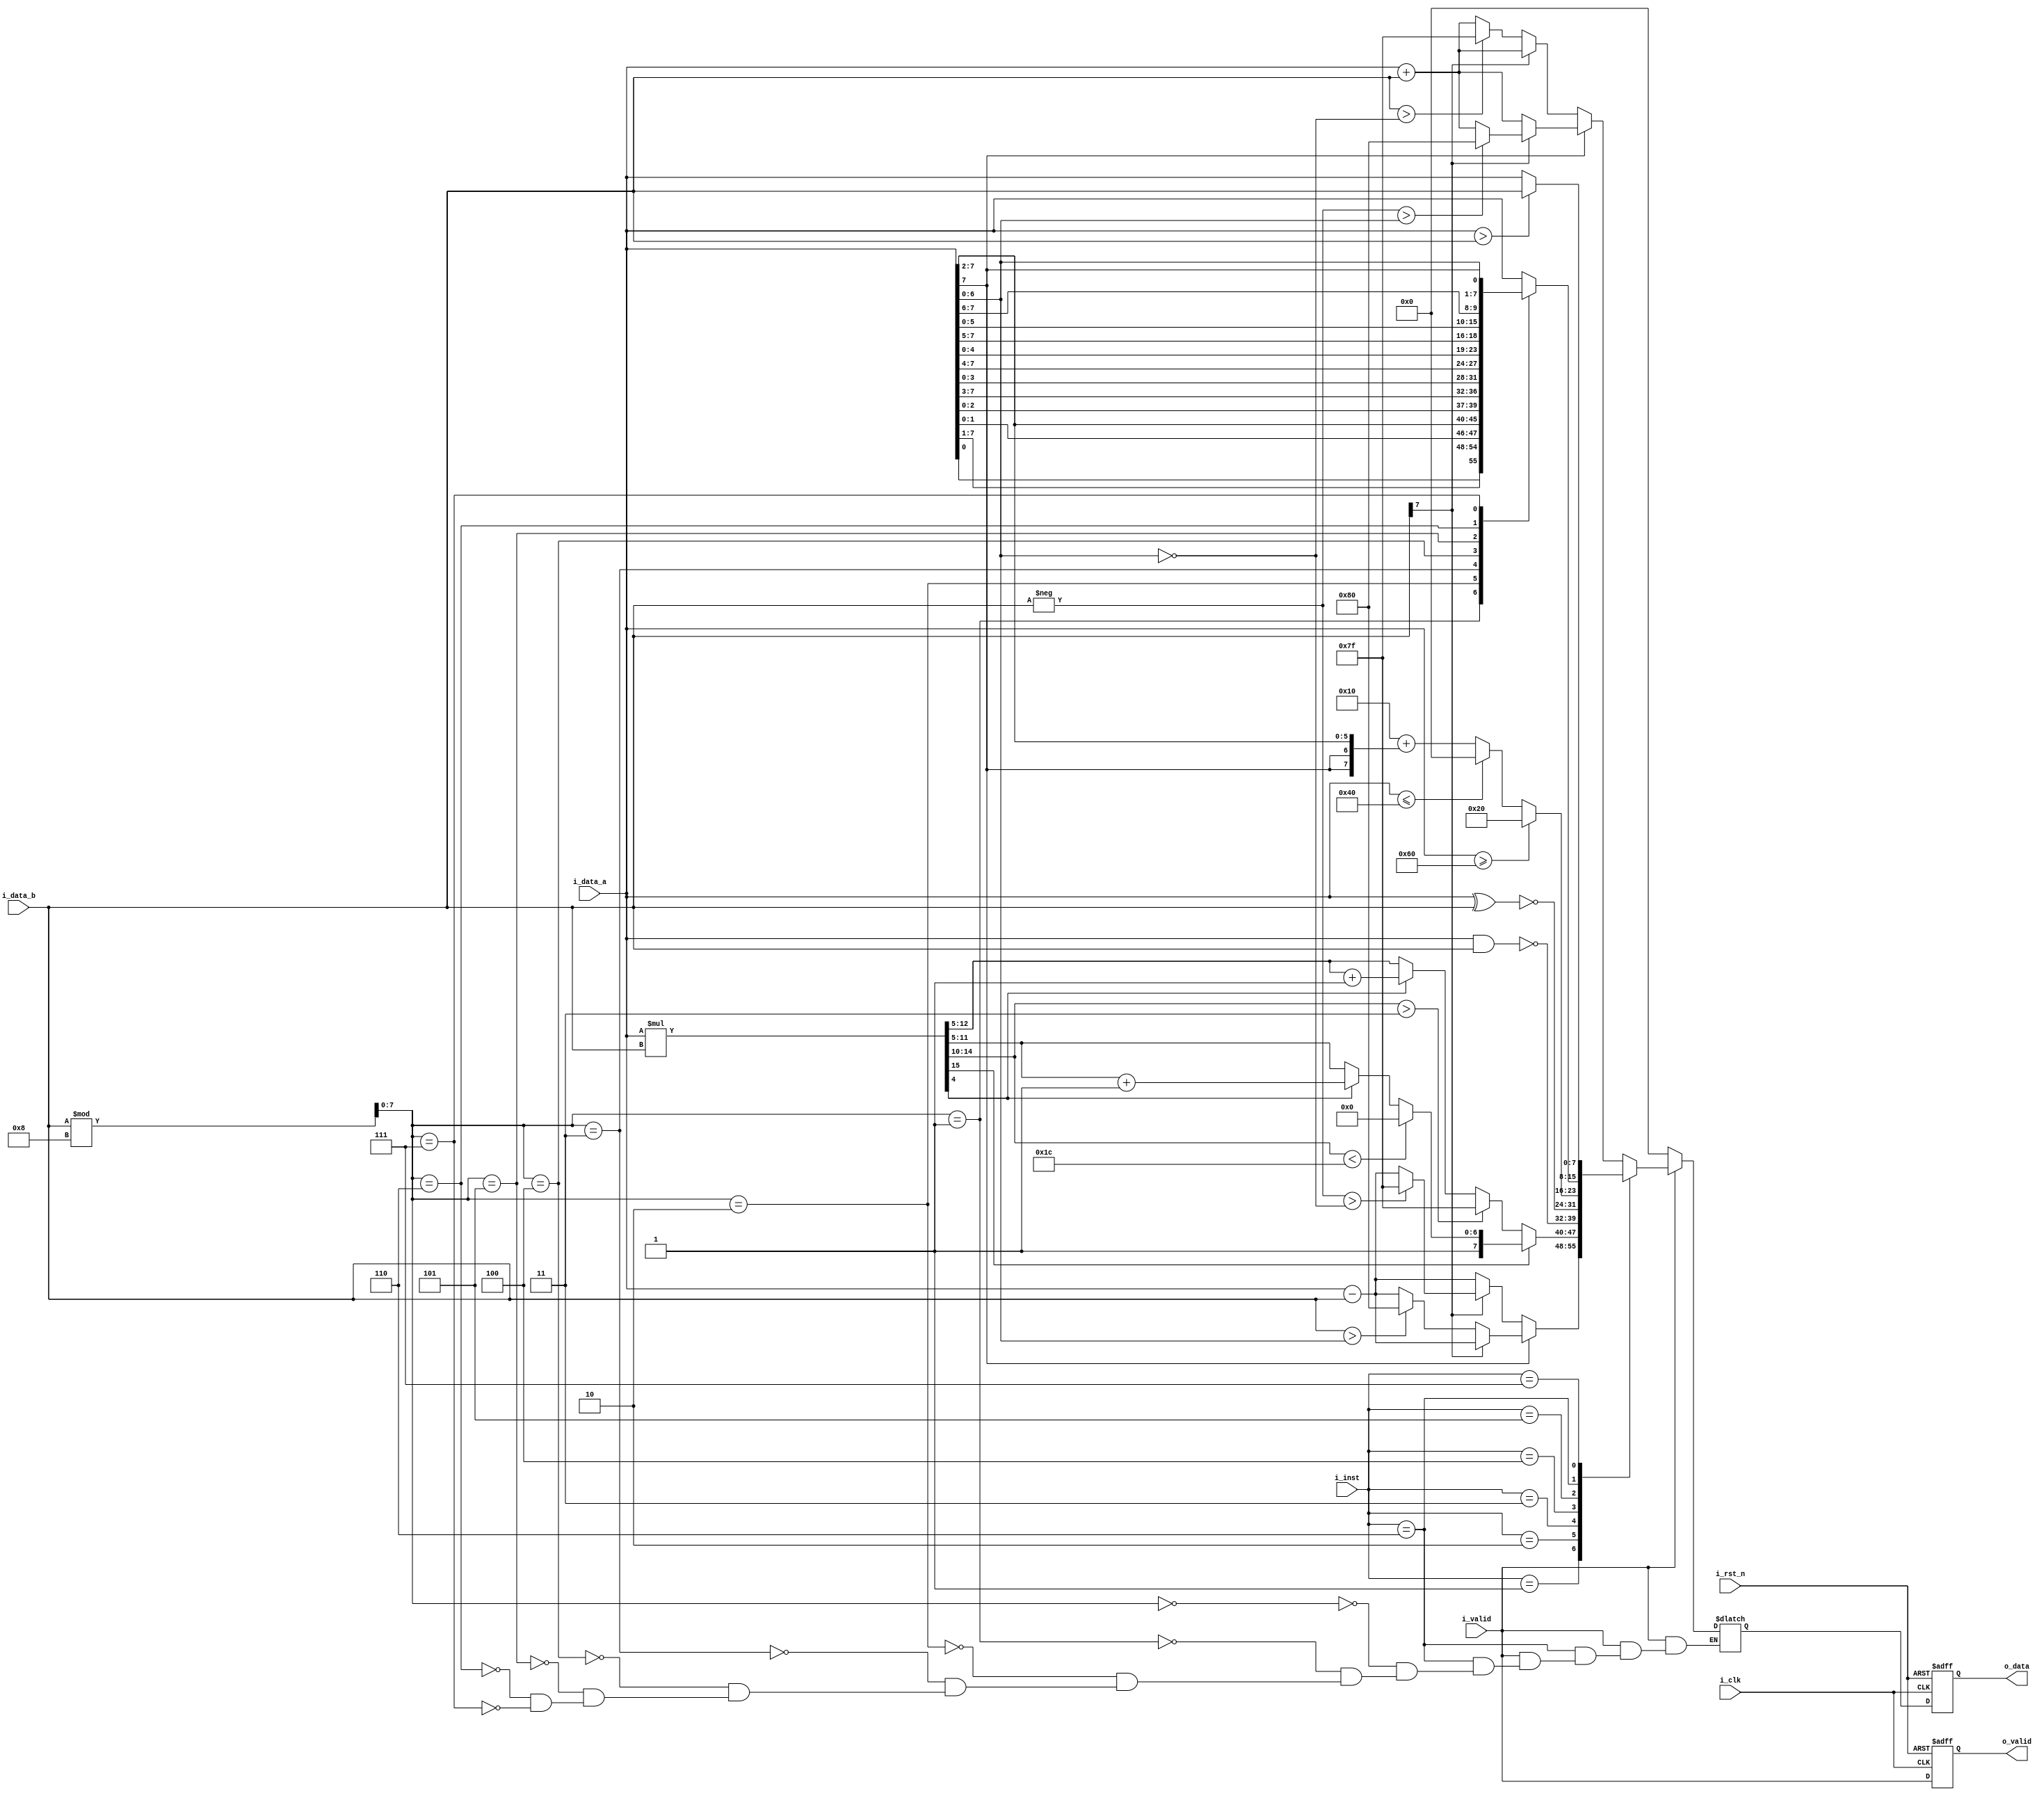
module alu #(
    parameter INT_W  = 3,
    parameter FRAC_W = 5,
    parameter INST_W = 3,
    parameter DATA_W = INT_W + FRAC_W
)(
    input                     i_clk,
    input                     i_rst_n,
    input                     i_valid,
    input signed [DATA_W-1:0] i_data_a,
    input signed [DATA_W-1:0] i_data_b,
    input        [INST_W-1:0] i_inst,
    output                    o_valid,
    output signed      [DATA_W-1:0] o_data
);
// ---------------------------------------------------------------------------
// Paramerter & genvar & integer 
// ---------------------------------------------------------------------------
   parameter OP_ADD 	= 3'd0,
			 OP_SUB 	= 3'd1,
			 OP_MULT 	= 3'd2,
			 OP_NAND 	= 3'd3,
			 OP_XNOR	= 3'd4,
			 OP_SIGMOID = 3'd5,
			 OP_SHIFT 	= 3'd6,
			 OP_MIN 	= 3'd7;
	
integer i;
	
// ---------------------------------------------------------------------------
// Wires and Registers
// ---------------------------------------------------------------------------
reg signed [DATA_W:0] o_data_w, o_data_r;
reg             o_valid_w, o_valid_r;

wire [DATA_W-2:0]	upper_limit;
wire [DATA_W-2:0]	bottom_limit;
wire signed [DATA_W*2-1:0] mult;
wire signed [DATA_W-1:0] signed_sigmoid;
wire signed [DATA_W-1:0] compare_positive;
wire signed [DATA_W-1:0] compare_negtive;
wire [DATA_W-1:0] 	unsigned_idatab;
wire [DATA_W-1:0] 	amount_shift;

wire [DATA_W-1:0] 	shift0, shift1, shift2, shift3, shift4, shift5, shift6, shift7;

// ---------------------------------------------------------------------------
// Continuous Assignment
// ---------------------------------------------------------------------------
assign o_valid = o_valid_r;
assign o_data = o_data_r;

assign upper_limit = ~i_data_a[6:0];
assign bottom_limit = i_data_a[6:0];
assign mult = i_data_a * i_data_b;
assign signed_sigmoid = (i_data_a >>> 2);
assign compare_positive = 8'b01100000 ;
assign compare_negtive = 8'b11000000 ;
assign unsigned_idatab = i_data_b;
assign amount_shift = unsigned_idatab % 8;

assign shift0 = i_data_a;
assign shift1 = {i_data_a[0],i_data_a[7:1]};
assign shift2 = {i_data_a[1:0],i_data_a[7:2]};
assign shift3 = {i_data_a[2:0],i_data_a[7:3]};
assign shift4 = {i_data_a[3:0],i_data_a[7:4]};
assign shift5 = {i_data_a[4:0],i_data_a[7:5]};
assign shift6 = {i_data_a[5:0],i_data_a[7:6]};
assign shift7 = {i_data_a[6:0],i_data_a[7]};

// ---------------------------------------------------------------------------
// Combinational Blocks
// ---------------------------------------------------------------------------
always@(*) o_valid_w = i_valid;

always@(*) begin	
	if( i_valid ) begin
		case( i_inst )
		OP_ADD : begin
			if( i_data_a[7] ) begin
				if( i_data_b[7] == 0 ) o_data_w = i_data_a + i_data_b;	
				else if( -i_data_b > bottom_limit ) o_data_w = -128;
				else o_data_w = i_data_a + i_data_b;	
			end
			else begin
				if( i_data_b[7] ) o_data_w = i_data_a + i_data_b;	
				else if( i_data_b > upper_limit ) o_data_w = 127;
				else o_data_w = i_data_a + i_data_b;	
			end
		end
		OP_SUB : begin
			if( i_data_a[7] ) begin
				if( i_data_b[7] ) o_data_w = i_data_a - i_data_b;	
				else if( i_data_b > bottom_limit ) o_data_w = -128;
				else o_data_w = i_data_a - i_data_b;	
			end
			else begin
				if( i_data_b[7] == 0 ) o_data_w = i_data_a - i_data_b;	
				else if( -i_data_b > upper_limit ) o_data_w = 127;
				else o_data_w = i_data_a - i_data_b;	
			end
		end
		OP_MULT : begin
			if( mult[15] == 0 ) begin
				if( mult[14:10] > 3 ) o_data_w = 127;
				else o_data_w = ( mult[4] )? mult[12:5] + 1 : mult[12:5];
			end
			else begin
				if( mult[14:10] < 5'b11100 ) o_data_w = -128;
				else o_data_w = ( mult[4] )? {1'b1,mult[11:5]+1'b1}: {1'b1,mult[11:5]};
			end

		end
		OP_NAND : o_data_w = ~(i_data_a & i_data_b);	
		OP_XNOR	: o_data_w = ~(i_data_a ^ i_data_b);
		OP_SIGMOID : begin 
			if( i_data_a >= compare_positive ) o_data_w = 8'b00100000;
			else if( i_data_a <= compare_negtive ) o_data_w = 0;
			else o_data_w = 8'b00010000 + signed_sigmoid;
		end
		OP_SHIFT : begin 
			case(amount_shift)
			0: o_data_w = shift0;	
			1: o_data_w = shift1;	
			2: o_data_w = shift2;	
			3: o_data_w = shift3;	
			4: o_data_w = shift4;	
			5: o_data_w = shift5;	
			6: o_data_w = shift6;	
			7: o_data_w = shift7;	
			endcase
		end
		OP_MIN : begin 
			if( i_data_a > i_data_b ) o_data_w = i_data_b;
			else o_data_w = i_data_a;
		end
		endcase
	end
	else 	o_data_w = 0;
end

// ---------------------------------------------------------------------------
// Sequential Block
// ---------------------------------------------------------------------------
always@(posedge i_clk or negedge i_rst_n) begin
    if(!i_rst_n) begin
        o_data_r  <= 0;
        o_valid_r <= 0;
    end 
	else begin
        o_data_r  <= o_data_w;
        o_valid_r <= o_valid_w;
    end
end
endmodule